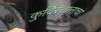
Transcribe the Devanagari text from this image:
कुर्दिस्तानाचा